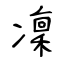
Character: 凜